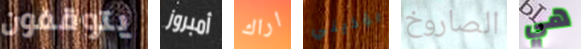
يتوقفون أمبروز اراك يؤذيني الصاروخ هي